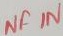
Text: NF IN